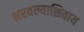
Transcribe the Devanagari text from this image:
भरवल्याशिवाय